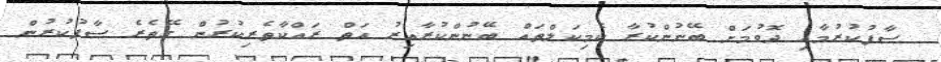
ސާފުކުރުމާއި ދޮވުމަށް ބޭނުންކުރާ ކެމިކަލްތައް ބޭނުންކުރާއިރު އަތް ރައްކާތެރިކުރުން ގޭތެރެ ސާފުކުރުން